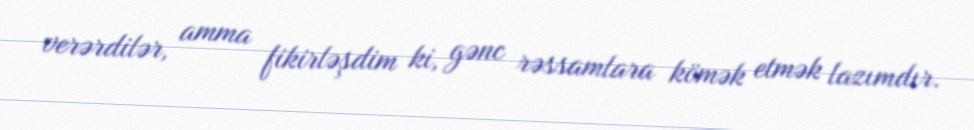
verərdilər, amma fikirləşdim ki, gənc rəssamlara kömək etmək lazımdır.